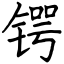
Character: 锷